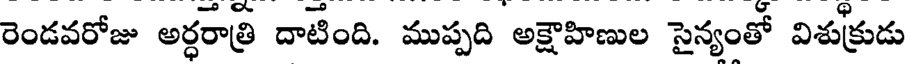
రెండవరోజు అర్ధరాత్రి దాటింది. ముప్పది అక్షౌహిణుల సైన్యంతో విశుక్రుడు